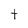
Character: t